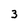
Character: 3